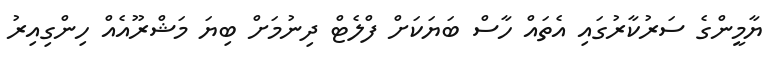
ޔާމީންގެ ސަރުކާރުގައި އެތައް ހާސް ބަަޔަކަށް ފްލެޓް ދިނުމަށް ބިޔަ މަޝްރޫއެއް ހިންގިއިރު